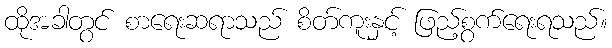
ထိုအခါတွင် စာရေးဆရာသည် စိတ်ကူးနှင့် ဖြည့်စွက်ရေးရသည်။